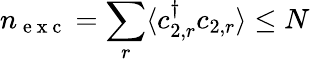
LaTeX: n_{\mathrm{~e~x~c~}}=\sum_{r}\langle c_{2,r}^{\dagger}c_{2,r}\rangle\leq N